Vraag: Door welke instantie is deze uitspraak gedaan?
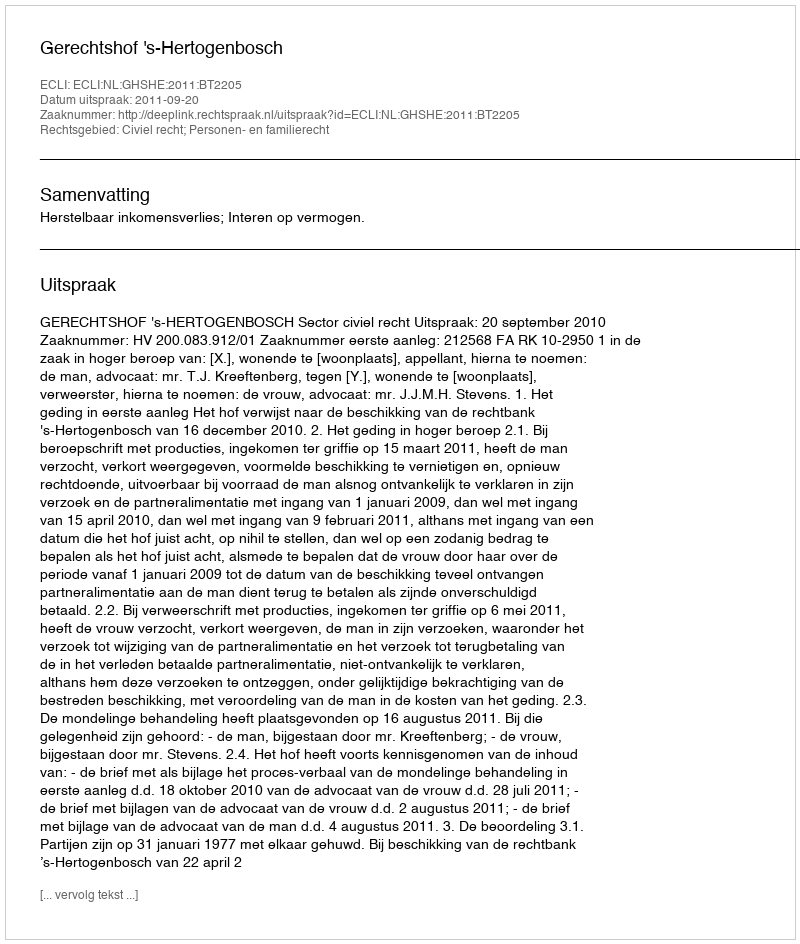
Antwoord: Gerechtshof 's-Hertogenbosch